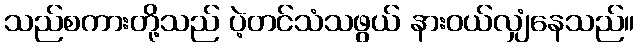
သည်စကားတို့သည် ပဲ့တင်သံသဖွယ် နားဝယ်လျှံနေသည်။